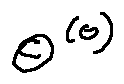
\theta ^ { ( 0 ) }